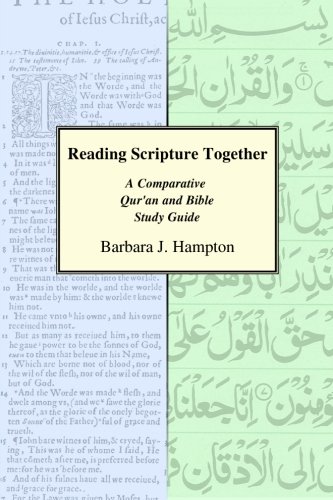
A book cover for Reading Scripture Together: A Comparative Qur'an and Bible Study Guide; Barbara J. Hampton; Christian Books & Bibles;